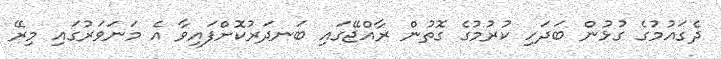
ދެގައުމުގެ ގުޅުން ބަދަހި ކުރުމުގެ ގޮތުން ރާއްޖޭގައި ބަނދަރުކޮށްފައިވާ އެ މަނަވަރުގައި މިރޭ